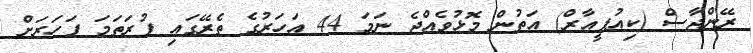
ރޭންޖާސް (ކިއުޕީއާރް) އަތުން މޮޅުވެއްޖެ ނަމަ 44 އަހަރުގެ ތެރޭގައި ފުރަތަމަ ފަހަރަށް